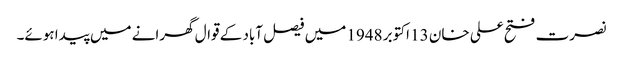
نصرت فتح علی خان 13 اکتوبر 1948 میں فیصل آباد کے قوال گھرانے میں پیدا ہوئے۔